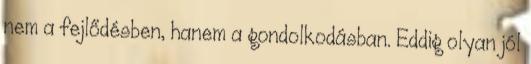
nem a fejlődésben, hanem a gondolkodásban. Eddig olyan jól